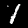
Label: 1